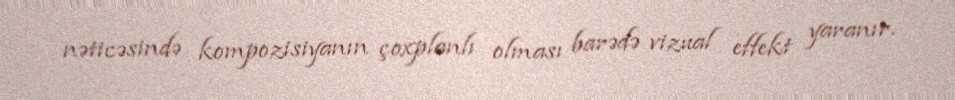
nəticəsində kompozisiyanın çoxplanlı olması barədə vizual effekt yaranır.